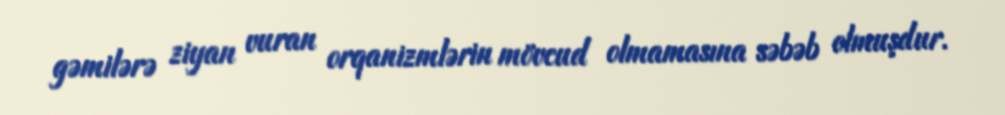
gəmilərə ziyan vuran orqanizmlərin mövcud olmamasına səbəb olmuşdur.